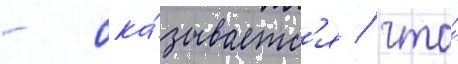
- ока́зываетс'я / что́